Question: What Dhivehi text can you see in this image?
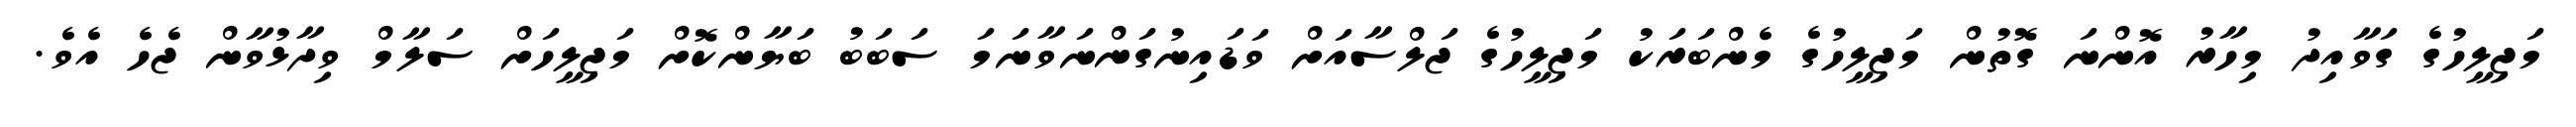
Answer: މަޖިލީހުގެ ގަވާއިދު މިހާރު އޮންނަ ގޮތުން މަޖިލީހުގެ މެންބަރަކު މަޖިލީހުގެ ޖަލްސާއަށް ވަޑައިނުގަންނަވާނަމަ ސަބަބު ބަޔާންކޮށް މަޖިލީހަށް ސަލާމް ވިދާޅުވާން ޖެހެ އެވެ.